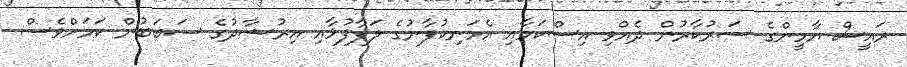
ރައީސް ޔާމީންގެ ސަރުކާރުން ދެއްވި އިސްކަމާއި އެމަނިކުފާނުގެ ލަފާފުޅާއި އިރުޝާދުގެ ސަބަބުން ކަމަށްވެސް